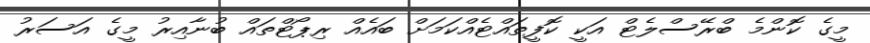
މީގެ ކޮންމެ ބްރޭސްލެޓް އަކީ ކޮފީތައްޓެއްކަމަށް ބައެއް ރިޕޯޓްތައް ބުނާއިރު މީގެ އަސަރު